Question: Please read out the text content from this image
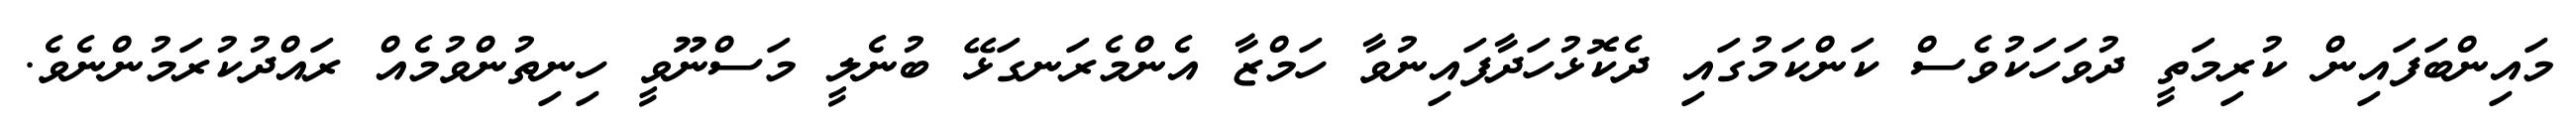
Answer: މައިންބަފައިން ކުރިމަތީ ދުވަހަކުވެސް ކަންކަމުގައި ދެކޮޅުހަދާފައިނުވާ ހަމްޒާ އެންމެރަނގަޅޭ ބުނެލީ މަސްނޫވީ ހިނިތުންވުމެއް ރައްދުކުރަމުންނެވެ.